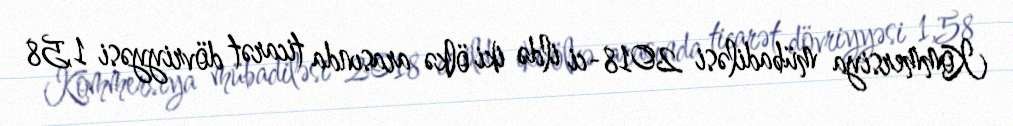
Kommersiya mübadiləsi 2018-ci ildə iki ölkə arasında ticarət dövriyyəsi 1,58